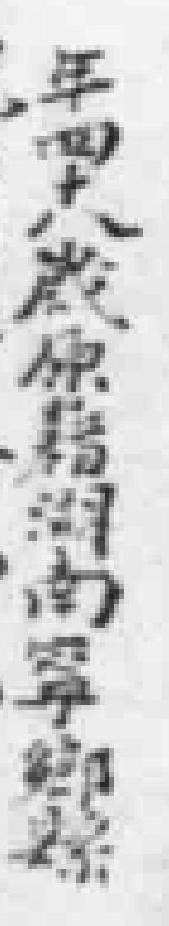
年四十八歲原籍湖南寧鄉縣